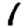
Digit: 1